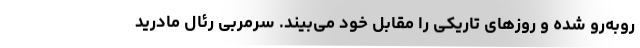
روبه‌رو شده و روزهای تاریکی را مقابل خود می‌بیند. سرمربی رئال مادرید